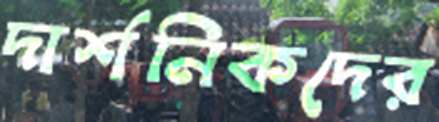
দার্শনিকদের